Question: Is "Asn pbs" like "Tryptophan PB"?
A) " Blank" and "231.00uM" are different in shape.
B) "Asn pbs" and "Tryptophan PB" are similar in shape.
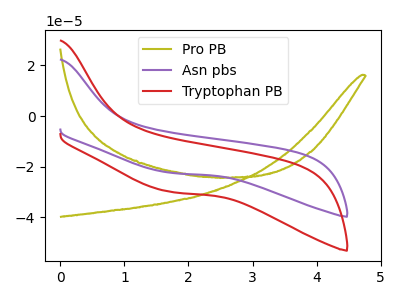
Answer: <think>The olive curve "Pro PB" has no peaks. The purple curve "Asn pbs" has no peaks. The red curve "Tryptophan PB" has no peaks.
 Neither "Asn pbs" or "Tryptophan PB" have any peaks.</think>
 <answer>B) "Asn pbs" and "Tryptophan PB" are similar in shape.</answer>
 <eval>B</eval>